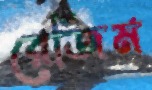
রেজিম